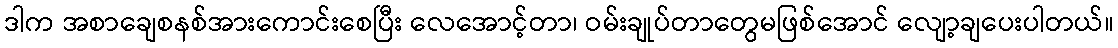
ဒါက အစာချေစနစ်အားကောင်းစေပြီး လေအောင့်တာ၊ ဝမ်းချုပ်တာတွေမဖြစ်အောင် လျော့ချပေးပါတယ်။